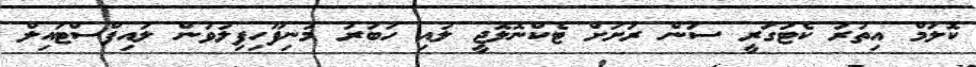
ކޮލަމް އިތުރު ކެޓަގަރީ ސަން ރަށަށް ޓެކްނޮލޮޖީ ލުއި ހަބަރު މުނިފޫހިފިލުވުން ލައިފްސްޓައިލް